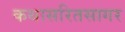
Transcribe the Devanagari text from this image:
कथासरितसागर